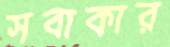
সবাকার